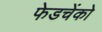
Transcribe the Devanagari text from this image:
फेडचेंको